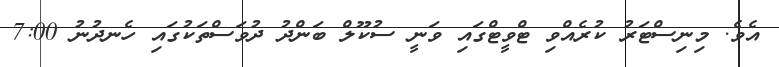
އެވެ. މިނިސްޓަރު ކުރެއްވި ޓްވީޓްގައި ވަނީ ސުކޫލް ބަންދު ދުވަސްތަކުގައި ހެނދުނު 7:00